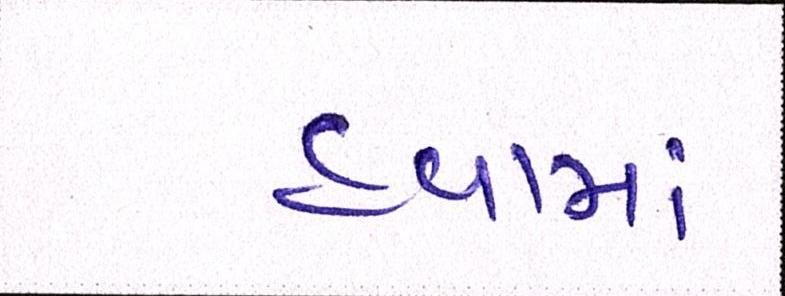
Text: હવામાં